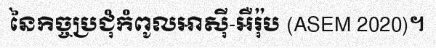
នៃកិច្ចប្រជុំកំពូលអាស៊ី-អឺរ៉ុប (ASEM 2020)។